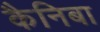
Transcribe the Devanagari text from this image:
कैनिबा